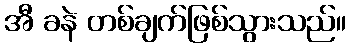
အီ ခနဲ တစ်ချက်ဖြစ်သွားသည်။